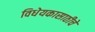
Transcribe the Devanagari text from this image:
विधेयकासाठीचे